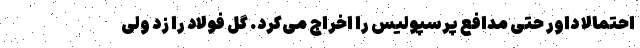
احتمالاً داور حتی مدافع پرسپولیس را اخراج می‌کرد. گل فولاد را زد ولی